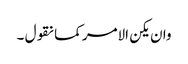
وان یکن الامر کما نقول ۔